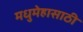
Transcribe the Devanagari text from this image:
मधुमेहासाठी